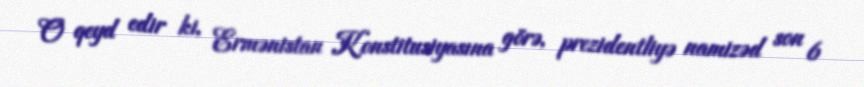
O qeyd edir ki, Ermənistan Konstitusiyasına görə, prezidentliyə namizəd son 6